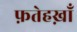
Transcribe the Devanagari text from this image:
फ़तेहख़ाँ